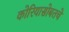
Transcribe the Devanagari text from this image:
कोरियासोबतचे